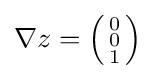
\nabla z=\left({\begin{smallmatrix}0\\0\\1\end{smallmatrix}}\right)